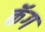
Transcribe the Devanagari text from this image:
कॅग